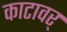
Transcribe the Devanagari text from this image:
काटावर्